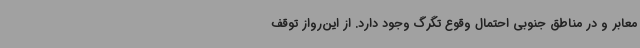
معابر و در مناطق جنوبی احتمال وقوع تگرگ وجود دارد. از این‌رواز توقف